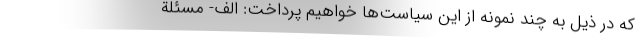
که در ذیل به چند نمونه از این سیاست­ها خواهیم پرداخت: الف- مسئلة